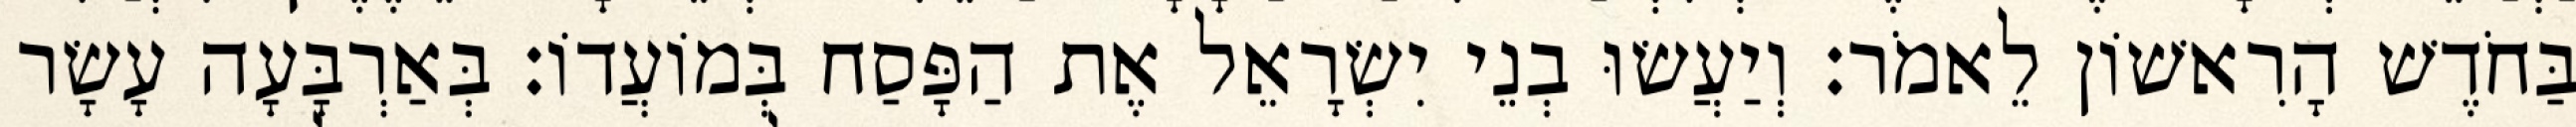
בַּחֹדֶשׁ הָרִאשׁוֹן לֵאמֹר׃ וְיַעֲשׂוּ בְנֵי יִשְׂרָאֵל אֶת הַפָּסַח בְּמוֹעֲדוֹ׃ בְּאַרְבָּעָה עָשָׂר